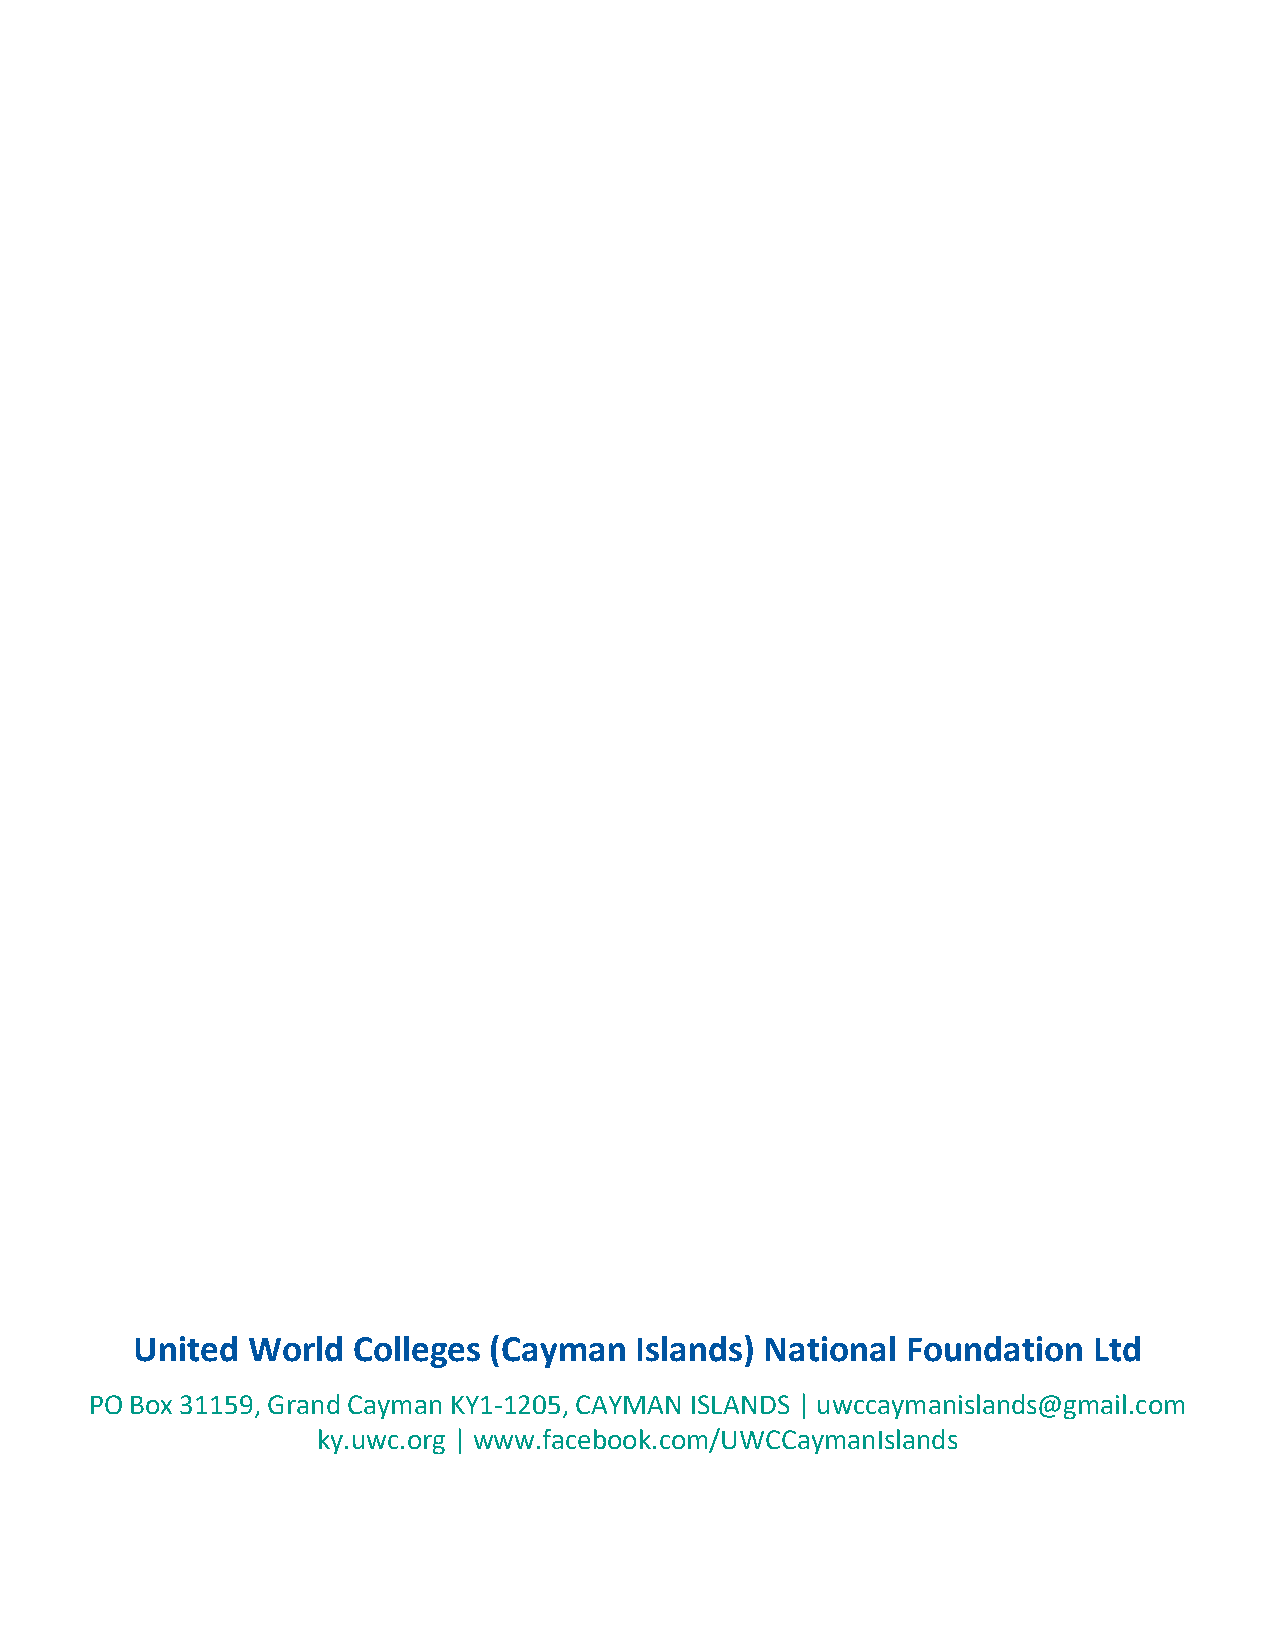
United World  Colleges (Cayman   Islands) National Foundation  Ltd
 PO Box 31159, Grand Cayman KY1-1205, CAYMAN ISLANDS | uwccaymanislands@gmail.com
 ky.uwc.org | www.facebook.com/UWCCaymanIslands